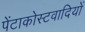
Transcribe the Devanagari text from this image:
पेंटाकोस्टवादियों